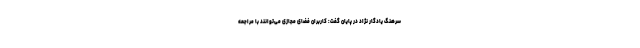
سرهنگ یادگار نژاد در پایان گفت: کاربران فضای مجازی می‌توانند با مراجعه